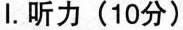
I.听力(10分)